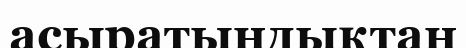
асыратындықтан